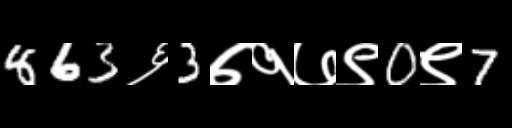
Text: 863६3७१७९0९7